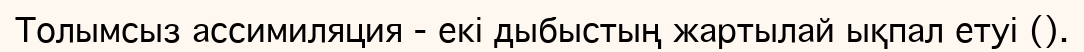
Толымсыз ассимиляция - екі дыбыстың жартылай ықпал етуі ().